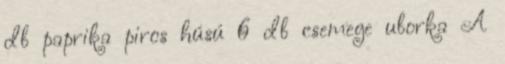
db paprika piros húsú 6 db csemege uborka A